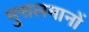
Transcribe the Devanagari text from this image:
मु्सलमानों